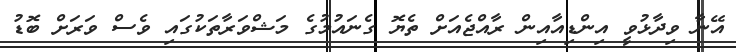
އޭނާ ވިދާޅުވީ އިންޑިއާއިން ރާއްޖެއަށް ތެޔޮ ގެނައުމުގެ މަޝްވަރާތަކުގައި ވެސް ވަރަށް ބޮޑު